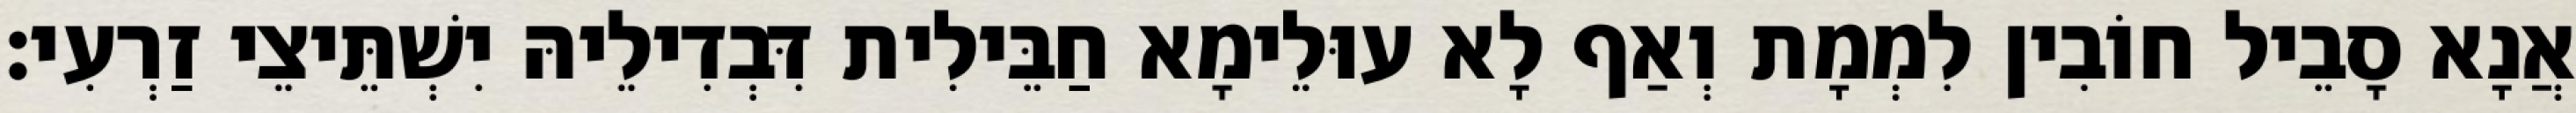
אֲנָא סָבֵיל חוֹבִין לִמְמָת וְאַף לָא עוּלֵימָא חַבֵּילִית דִּבְדִילֵיהּ יִשְׁתֵּיצֵי זַרְעִי׃